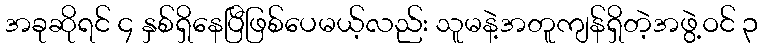
အခုဆိုရင် ၄ နှစ်ရှိနေပြီဖြစ်ပေမယ့်လည်း သူမနဲ့အတူကျန်ရှိတဲ့အဖွဲ့ဝင် ၃